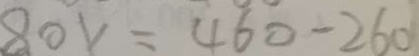
8 0 x = 4 6 0 - 2 6 0